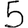
Digit: 5